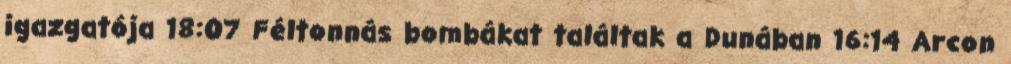
igazgatója 18:07 Féltonnás bombákat találtak a Dunában 16:14 Arcon